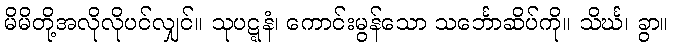
မိမိတို့အလိုလိုပင်လျှင်။ သုပဋ္ဋနံ၊ ကောင်းမွန်သော သင်္ဘောဆိပ်ကို။ သိင်္ဃ၊ ခွာ။